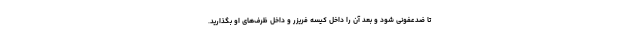
تا ضدعفونی شود و بعد آن را داخل کیسه فریزر و داخل ظرف‌های او بگذارید.